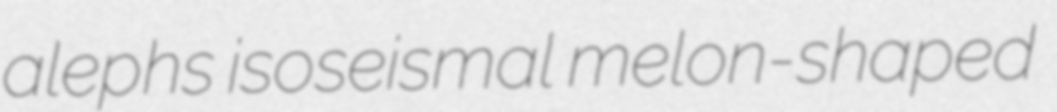
alephs isoseismal melon-shaped